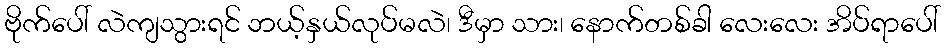
ဗိုက်ပေါ် လဲကျသွားရင် ဘယ့်နှယ်လုပ်မလဲ၊ ဒီမှာ သား၊ နောက်တစ်ခါ လေးလေး အိပ်ရာပေါ်